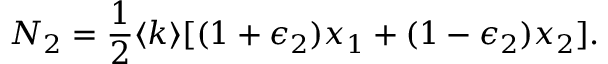
N _ { 2 } = \frac { 1 } { 2 } \langle k \rangle [ ( 1 + \epsilon _ { 2 } ) x _ { 1 } + ( 1 - \epsilon _ { 2 } ) x _ { 2 } ] .